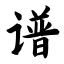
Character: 谱